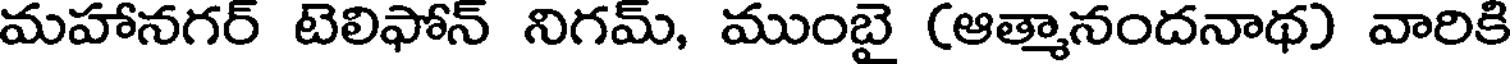
మహానగర్ టెలిఫోన్ నిగమ్, ముంబై (ఆత్మానందనాథ) వారికి